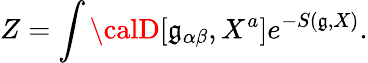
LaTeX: Z=\int{\calD}[\mathfrak{g}_{\alpha\beta},X^{a}]e^{-S(\mathfrak{g},X)}.